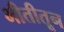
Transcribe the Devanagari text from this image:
भीतीतून